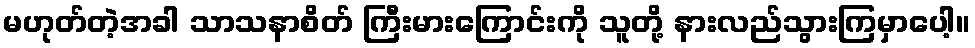
မဟုတ်တဲ့အခါ သာသနာစိတ် ကြီးမားကြောင်းကို သူတို့ နားလည်သွားကြမှာပေါ့။